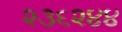
૨૩૬૨૪૪